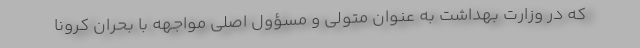
که در وزارت بهداشت به عنوان متولی و مسؤول اصلی مواجهه با بحران کرونا